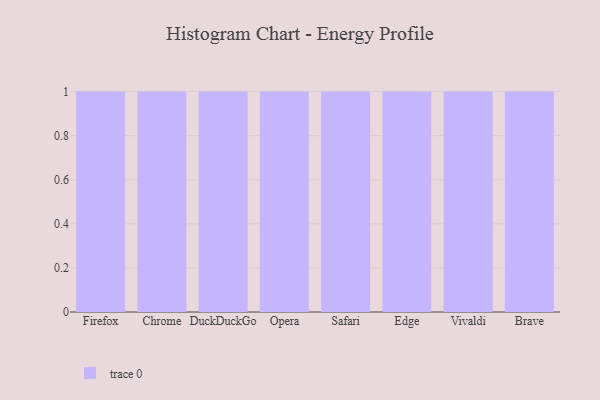
{"axis": {"x": "Browser", "y": "Energy Usage (MWh)"}, "legend": [""], "data": [{"x": "Firefox", "y": 11, "type": ""}, {"x": "Chrome", "y": 99, "type": ""}, {"x": "DuckDuckGo", "y": 41, "type": ""}, {"x": "Opera", "y": 23, "type": ""}, {"x": "Safari", "y": 65, "type": ""}, {"x": "Edge", "y": 58, "type": ""}, {"x": "Vivaldi", "y": 11, "type": ""}, {"x": "Brave", "y": 60, "type": ""}]}